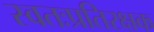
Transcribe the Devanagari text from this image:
स्वतःप्रतिरक्षक